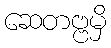
ဆေတဗ္ဗမှိ